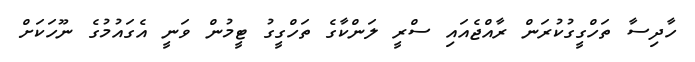
ހާދިސާ ތަހްގީގުކުރަން ރާއްޖެއައި ސްރީ ލަންކާގެ ތަހްގީގު ޓީމުން ވަނީ އެގައުމުގެ ނޫހަކަށް